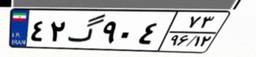
۴۲گ۹۰۴۷۳